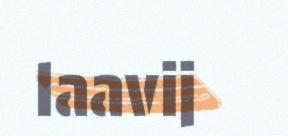
laavij